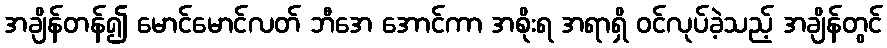
အချိန်တန်၍ မောင်မောင်လတ် ဘီအေ အောင်ကာ အစိုးရ အရာရှိ ဝင်လုပ်ခဲ့သည့် အချိန်တွင်